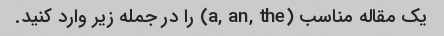
یک مقاله مناسب (a, an, the) را در جمله زیر وارد کنید.